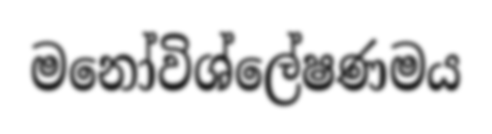
මනෝවිශ්ලේෂණමය